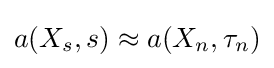
a(X_{s},s)\approx a(X_{n},\tau _{n})